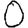
Digit: 0